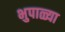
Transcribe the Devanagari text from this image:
भुपाळ्या